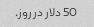
50 دلار در روز.